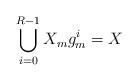
LaTeX: \begin{align*}\bigcup\limits_{i=0}^{R-1}X_{m}g_{m}^{i}=X\end{align*}